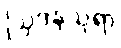
ဩဒနသုရာ